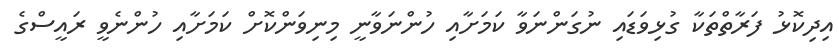
އިދިކޮޅު ފަރާތްތަކާ ގުޅިވަޑައި ނުގަންނަވާ ކަމަށާއި ހުންނަވާނީ މިނިވަންކޮށް ކަމަށާއި ހުންނެވީ ރައީސްގެ